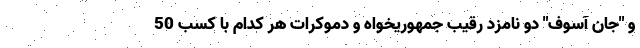
و "جان آسوف" دو نامزد رقیب جمهوریخواه و دموکرات هر کدام با کسب 50